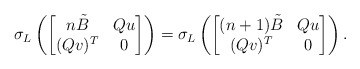
\begin{align*}\sigma_L\left(\begin{bmatrix}n\tilde{B} & Qu \\ (Qv)^T & 0\end{bmatrix}\right)=\sigma_L\left(\begin{bmatrix}(n+1)\tilde{B} & Qu \\ (Qv)^T & 0\end{bmatrix}\right).\end{align*}